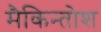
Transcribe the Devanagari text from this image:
मैकिन्तोश